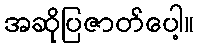
အဆိုပြဇာတ်ပေါ့။